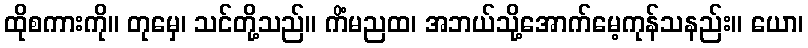
ထိုစကားကို။ တုမှေ၊ သင်တို့သည်။ ကိံမညထ၊ အဘယ်သို့အောက်မေ့ကုန်သနည်း။ ယော၊